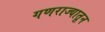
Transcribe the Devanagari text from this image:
गणराज्यातून